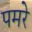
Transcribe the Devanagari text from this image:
पमरे